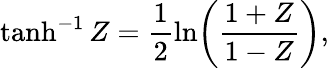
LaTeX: \operatorname{tanh}^{-1}Z=\frac{1}{2}\ln\! \left(\frac{1+Z}{1-Z}\right),